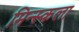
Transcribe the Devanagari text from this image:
मिन्स्कला